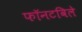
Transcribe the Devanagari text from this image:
फॉनटविले